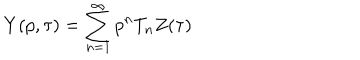
Y ( p , \tau ) = \sum _ { n = 1 } ^ { \infty } p ^ { n } T _ { n } Z ( \tau )